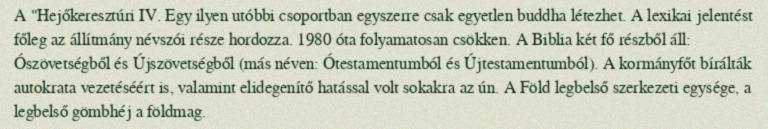
A "Hejőkeresztúri IV. Egy ilyen utóbbi csoportban egyszerre csak egyetlen buddha létezhet. A lexikai jelentést főleg az állítmány névszói része hordozza. 1980 óta folyamatosan csökken. A Biblia két fő részből áll: Ószövetségből és Újszövetségből (más néven: Ótestamentumból és Újtestamentumból). A kormányfőt bírálták autokrata vezetéséért is, valamint elidegenítő hatással volt sokakra az ún. A Föld legbelső szerkezeti egysége, a legbelső gömbhéj a földmag.